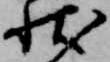
状